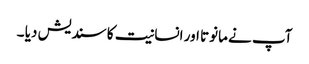
آپ نے مانوتا اور انسانیت کا سندیش دیا ۔